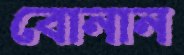
বোনান